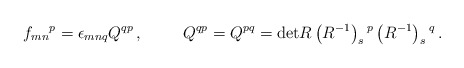
\begin{align*}f_{mn}{}^{p}=\epsilon_{mnq} Q^{qp}\, ,\hspace{1cm}Q^{qp}= Q^{pq} = {\rm det}R \left(R^{-1}\right)_{s}{}^{p}\left(R^{-1}\right)_{s}{}^{q}\, .\end{align*}